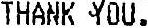
THANK YOU.